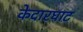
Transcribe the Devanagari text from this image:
केदारघाट